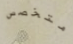
متخصص